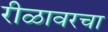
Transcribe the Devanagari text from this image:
रीळावरचा